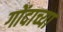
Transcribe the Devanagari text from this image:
गोंदाच्या